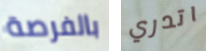
بالفرصة اتدري